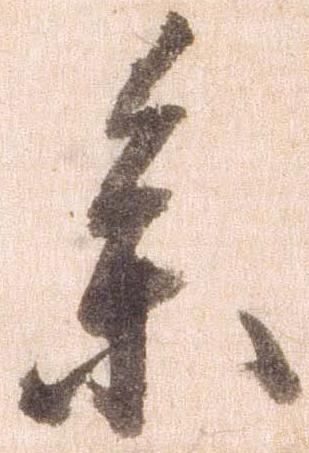
参